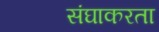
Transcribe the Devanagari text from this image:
संघाकरता